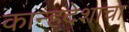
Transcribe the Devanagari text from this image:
कान्हदेशाचा